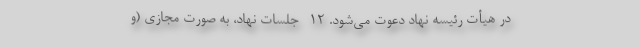
در هیأت رئیسه نهاد دعوت می‌شود. ۱۲- جلسات نهاد، به صورت مجازی (و